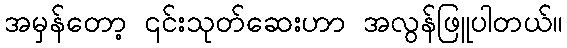
အမှန်တော့ ၎င်းသုတ်ဆေးဟာ အလွန်ဖြူပါတယ်။